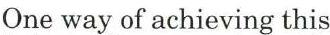
One way of achieving this